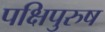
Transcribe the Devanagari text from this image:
पक्षिपुरुष